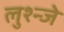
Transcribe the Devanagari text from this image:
लुश्न्जे